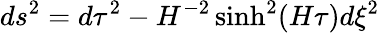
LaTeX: ds^{2}=d\tau^{2}-H^{-2}\sinh^{2}(H\tau)d\xi^{2}